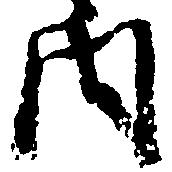
内